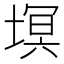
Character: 塓